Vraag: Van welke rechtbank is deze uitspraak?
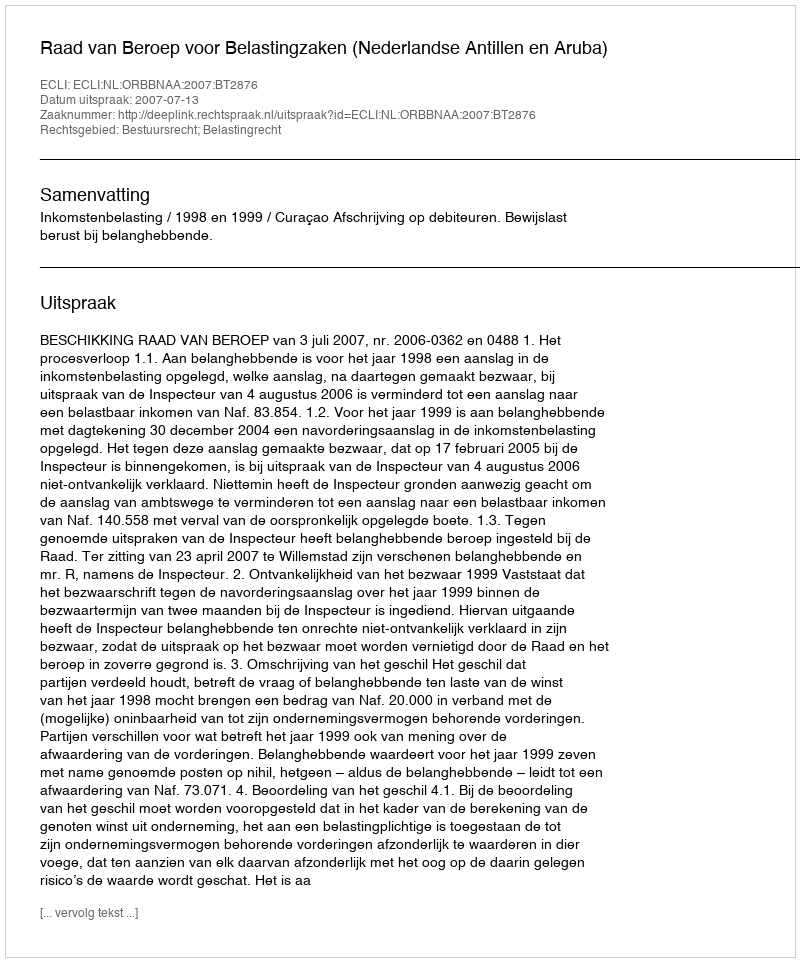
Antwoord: Raad van Beroep voor Belastingzaken (Nederlandse Antillen en Aruba)